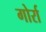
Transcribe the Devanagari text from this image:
गोर्रा